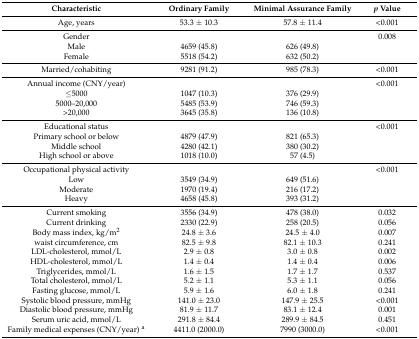
<table><thead><tr><td><b>Characteristic</b></td><td><b>Ordinary Family</b></td><td><b>Minimal Assurance Family</b></td><td><b><i>p</i> Value</b></td></tr></thead><tbody><tr><td>Age, years</td><td>53.3 ± 10.3</td><td>57.8 ± 11.4</td><td>&lt;0.001</td></tr><tr><td>Gender</td><td></td><td></td><td>0.008</td></tr><tr><td>Male</td><td>4659 (45.8)</td><td>626 (49.8)</td><td></td></tr><tr><td>Female</td><td>5518 (54.2)</td><td>632 (50.2)</td><td></td></tr><tr><td>Married/cohabiting</td><td>9281 (91.2)</td><td>985 (78.3)</td><td>&lt;0.001</td></tr><tr><td>Annual income (CNY/year)</td><td></td><td></td><td>&lt;0.001</td></tr><tr><td>≤5000</td><td>1047 (10.3)</td><td>376 (29.9)</td><td></td></tr><tr><td>5000–20,000</td><td>5485 (53.9)</td><td>746 (59.3)</td><td></td></tr><tr><td>&gt;20,000</td><td>3645 (35.8)</td><td>136 (10.8)</td><td></td></tr><tr><td>Educational status</td><td></td><td></td><td>&lt;0.001</td></tr><tr><td>Primary school or below</td><td>4879 (47.9)</td><td>821 (65.3)</td><td></td></tr><tr><td>Middle school</td><td>4280 (42.1)</td><td>380 (30.2)</td><td></td></tr><tr><td>High school or above</td><td>1018 (10.0)</td><td>57 (4.5)</td><td></td></tr><tr><td>Occupational physical activity</td><td></td><td></td><td>&lt;0.001</td></tr><tr><td>Low</td><td>3549 (34.9)</td><td>649 (51.6)</td><td></td></tr><tr><td>Moderate</td><td>1970 (19.4)</td><td>216 (17.2)</td><td></td></tr><tr><td>Heavy</td><td>4658 (45.8)</td><td>393 (31.2)</td><td></td></tr><tr><td>Current smoking</td><td>3556 (34.9)</td><td>478 (38.0)</td><td>0.032</td></tr><tr><td>Current drinking</td><td>2330 (22.9)</td><td>258 (20.5)</td><td>0.056</td></tr><tr><td>Body mass index, kg/m<sup>2</sup></td><td>24.8 ± 3.6</td><td>24.5 ± 4.0</td><td>0.007</td></tr><tr><td>waist circumference, cm</td><td>82.5 ± 9.8</td><td>82.1 ± 10.3</td><td>0.241</td></tr><tr><td>LDL-cholesterol, mmol/L</td><td>2.9 ± 0.8</td><td>3.0 ± 0.8</td><td>0.002</td></tr><tr><td>HDL-cholesterol, mmol/L</td><td>1.4 ± 0.4</td><td>1.4 ± 0.4</td><td>0.006</td></tr><tr><td>Triglycerides, mmol/L</td><td>1.6 ± 1.5</td><td>1.7 ± 1.7</td><td>0.537</td></tr><tr><td>Total cholesterol, mmol/L</td><td>5.2 ± 1.1</td><td>5.3 ± 1.1</td><td>0.056</td></tr><tr><td>Fasting glucose, mmol/L</td><td>5.9 ± 1.6</td><td>6.0 ± 1.8</td><td>0.241</td></tr><tr><td>Systolic blood pressure, mmHg</td><td>141.0 ± 23.0</td><td>147.9 ± 25.5</td><td>&lt;0.001</td></tr><tr><td>Diastolic blood pressure, mmHg</td><td>81.9 ± 11.7</td><td>83.1 ± 12.4</td><td>0.001</td></tr><tr><td>Serum uric acid, mmol/L</td><td>291.8 ± 84.4</td><td>289.9 ± 84.5</td><td>0.451</td></tr><tr><td>Family medical expenses (CNY/year) <sup>a</sup></td><td>4411.0 (2000.0)</td><td>7990 (3000.0)</td><td>&lt;0.001</td></tr></tbody></table>